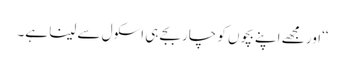
‘‘اور مجھے اپنے بچوں کو چار بجے ہی اسکول سے لینا ہے۔